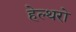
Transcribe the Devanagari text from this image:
हेल्थरो